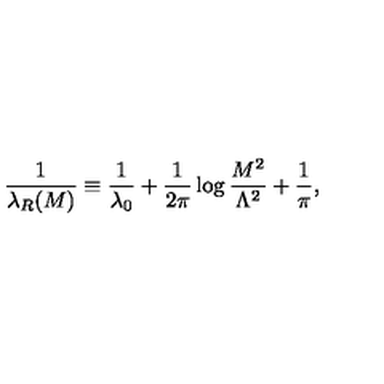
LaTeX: \frac { 1 } { \lambda _ { R } ( M ) } \equiv \frac { 1 } { \lambda _ { 0 } } + \frac { 1 } { 2 \pi } \log \frac { M ^ { 2 } } { \Lambda ^ { 2 } } + \frac { 1 } { \pi } ,